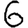
Digit: 6